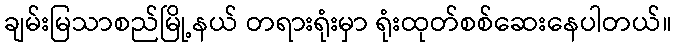
ချမ်းမြသာစည်မြို့နယ် တရားရုံးမှာ ရုံးထုတ်စစ်ဆေးနေပါတယ်။